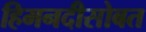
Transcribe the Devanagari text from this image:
हिमनदीसोबत